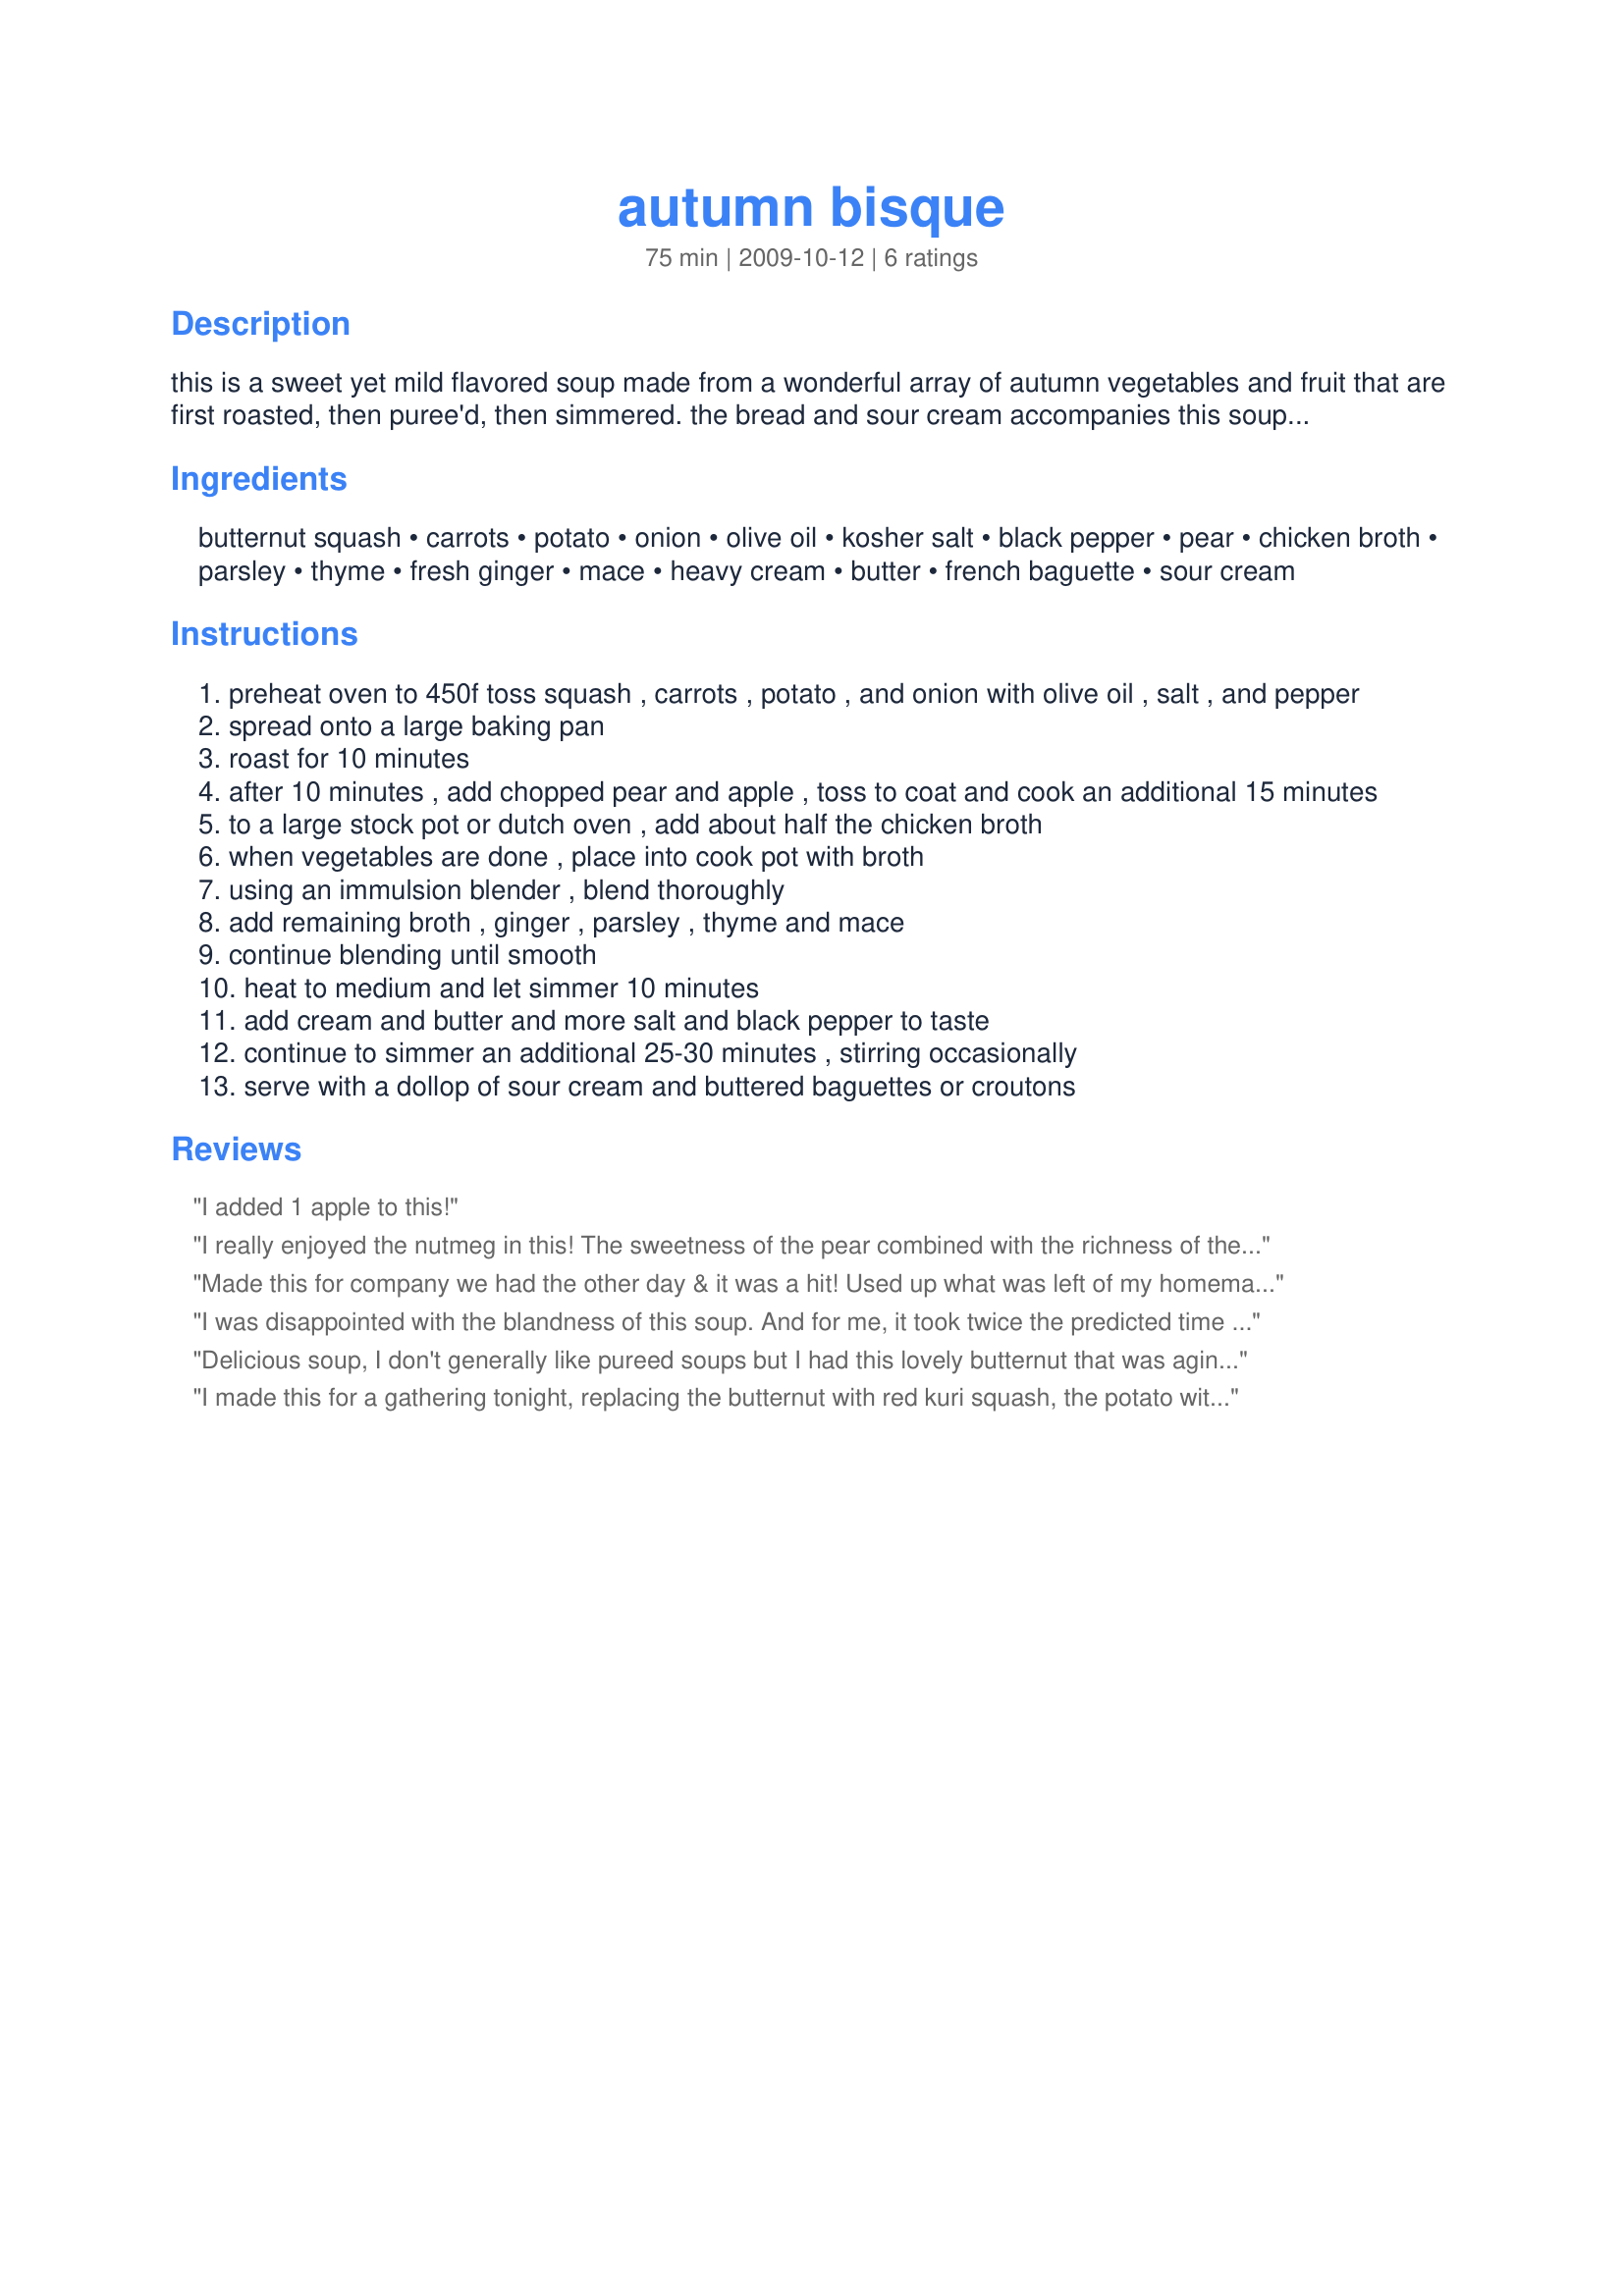
autumn bisque
Preparation time: 75 minutes

this is a sweet yet mild flavored soup made from a wonderful array of autumn vegetables and fruit that are first roasted, then puree'd, then simmered. the bread and sour cream accompanies this soup perfectly, giving it depth and heartiness. it's even better the next day. :)

Ingredients:
butternut squash, carrots, potato, onion, olive oil, kosher salt, black pepper, pear, chicken broth, parsley, thyme, fresh ginger, mace, heavy cream, butter, french baguette, sour cream

Steps:
preheat oven to 450f toss squash , carrots , potato , and onion with olive oil , salt , and pepper
spread onto a large baking pan
roast for 10 minutes
after 10 minutes , add chopped pear and apple , toss to coat and cook an additional 15 minutes
to a large stock pot or dutch oven , add about half the chicken broth
when vegetables are done , place into cook pot with broth
using an immulsion blender , blend thoroughly
add remaining broth , ginger , parsley , thyme and mace
continue blending until smooth
heat to medium and let simmer 10 minutes
add cream and butter and more salt and black pepper to taste
continue to simmer an additional 25-30 minutes , stirring occasionally
serve with a dollop of sour cream and buttered baguettes or croutons

Reviews:
I added 1 apple to this!
I really enjoyed the nutmeg in this! The sweetness of the pear combined with the richness of the roasted vegetables was the perfect combination. I used half and half instead of cream. I topped mine with croutons made from olive oil and garlic ciabata bread. Thanks for sharing!
Made this for company we had the other day & it was a hit! Used up what was left of my homemade vegetable broth, included both the pear & an apple & topped it with croutons made from a hearty winter wheat bread ~ Very satisfying! Will be keeping this recipe close by! [Tagged, made & reviewed in Please Review My Recipe]
I was disappointed with the blandness of this soup. And for me, it took twice the predicted time to prepare, but I may not have cut my carrots and potato small enough, so that's on me. Had to pre-bake the squash the previous day, as I knew that even two pans would not be adequate to hold and roast that volume of veggies. I still &quot;roasted&quot; them at the same time as the apples, so got some of that flavor. Still took a long time for other veggies. Final product was grainy and bland. I ended up cooking some ground Italian sausage and added it at the end. It was better that way.
Delicious soup, I don't generally like pureed soups but I had this lovely butternut that was aging and this seemed a worthy end for it. I didn't have any pears so this got a Spartan apple that gave excellent results. Mace was used in the soup and as a garnish sprinkle on top. I made this yesterday and enjoyed it hot and I would recommend it highly but at the time I thought it would be very nice chilled for summer as well. As I was going to reheat the leftovers for lunch (and the photo I didn't get last night) I decided to try it cold and the photo is the soup right out of the fridge with a fresh topping of mace, YUM both ways. This really took less time than I had thought it would and the roasted veggies took 14 mins, I might have cut mine a bit large, to fully roast. It was whizzed in the food pro and yielded a simply grand flavored soup.
I made this for a gathering tonight, replacing the butternut with red kuri squash, the potato with white sweet potato, using a pear only, and half & half. Fabulous! Everyone RAVED!!
